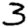
Digit: 3